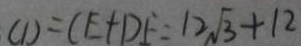
C D = C E + D F = 1 2 \sqrt { 3 } + 1 2